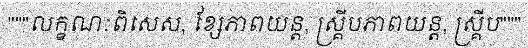
"""លក្ខណៈពិសេស, ខ្សែភាពយន្ត, ស្គ្រីបភាពយន្ត, ស្គ្រីប"""